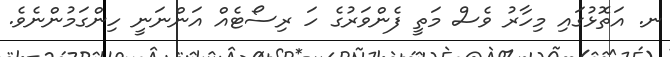
ނ. އަތޮޅުގައި މިހާރު ވެސް މަތީ ފެންވަރުގެ ހަ ރިސޯޓެއް އަންނަނީ ހިންގަމުންނެވެ.